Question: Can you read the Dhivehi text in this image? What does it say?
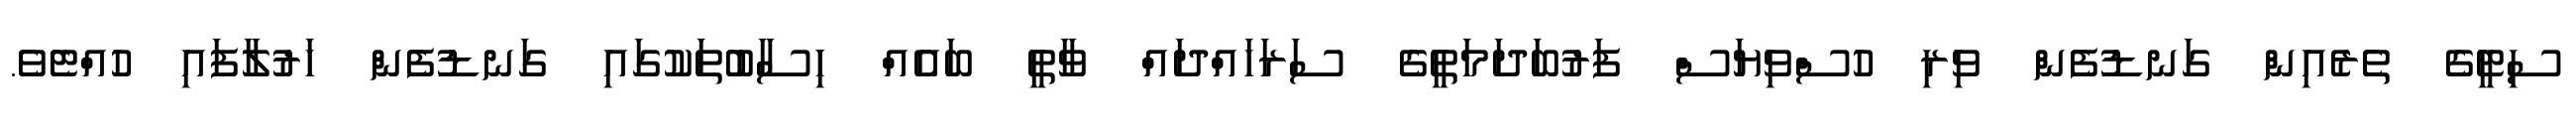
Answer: ސިޓީގެ ތެރެއިން ގަނޑުފެން ވިރި ހުސްވިޔަސް ފަރުބަދަމަތީގެ ސަރަހައްދައް ވާތީ ބައެއް ހިސާބުތަކުގައި ގަނޑުފެން ހަރުލާފައި ހުއްޓެވެ.